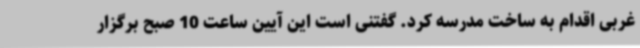
غربی اقدام به ساخت مدرسه کرد. گفتنی است این آیین ساعت 10 صبح برگزار